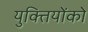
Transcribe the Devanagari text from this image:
युक्तियोंको